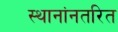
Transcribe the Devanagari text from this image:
स्थानांनतरित